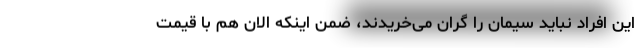
این افراد نباید سیمان را گران می‌خریدند، ضمن اینکه الان هم با قیمت